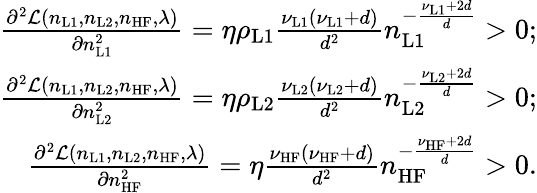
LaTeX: \begin{array}{r}{\frac{\partial^{2}\mathcal{L}(n_{\mathrm{L1}},n_{\mathrm{L2}},n_{\mathrm{HF}},\lambda)}{\partial n_{\mathrm{L1}}^{2}}=\eta\rho_{\mathrm{L1}}\frac{\nu_{\mathrm{L1}}(\nu_{\mathrm{L1}}+d)}{d^{2}}n_{\mathrm{L1}}^{-\frac{\nu_{\mathrm{L1}}+2d}{d}}>0;}\\ {\frac{\partial^{2}\mathcal{L}(n_{\mathrm{L1}},n_{\mathrm{L2}},n_{\mathrm{HF}},\lambda)}{\partial n_{\mathrm{L2}}^{2}}=\eta\rho_{\mathrm{L2}}\frac{\nu_{\mathrm{L2}}(\nu_{\mathrm{L2}}+d)}{d^{2}}n_{\mathrm{L2}}^{-\frac{\nu_{\mathrm{L2}}+2d}{d}}>0;}\\ {\frac{\partial^{2}\mathcal{L}(n_{\mathrm{L1}},n_{\mathrm{L2}},n_{\mathrm{HF}},\lambda)}{\partial n_{\mathrm{HF}}^{2}}=\eta\frac{\nu_{\mathrm{HF}}(\nu_{\mathrm{HF}}+d)}{d^{2}}n_{\mathrm{HF}}^{-\frac{\nu_{\mathrm{HF}}+2d}{d}}>0.}\end{array}